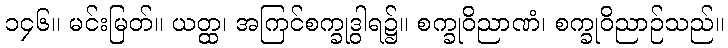
၁၄၆။ မင်းမြတ်။ ယတ္ထ၊ အကြင်စက္ခုဒွါရ၌။ စက္ခုဝိညာဏံ၊ စက္ခုဝိညာဉ်သည်။